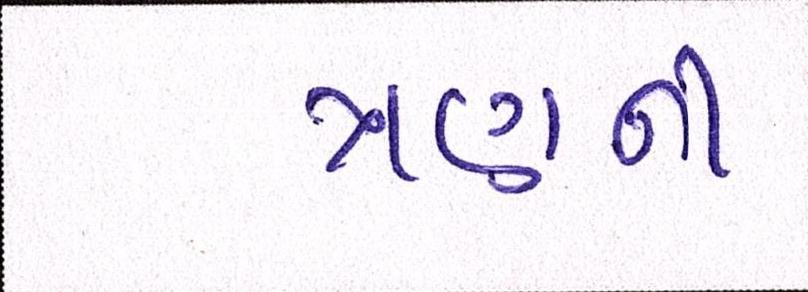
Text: ત્રણની